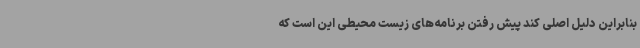
بنابراین دلیل اصلی کند پیش رفتن برنامه‌های زیست محیطی این است که